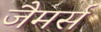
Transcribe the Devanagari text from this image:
जैमर्स